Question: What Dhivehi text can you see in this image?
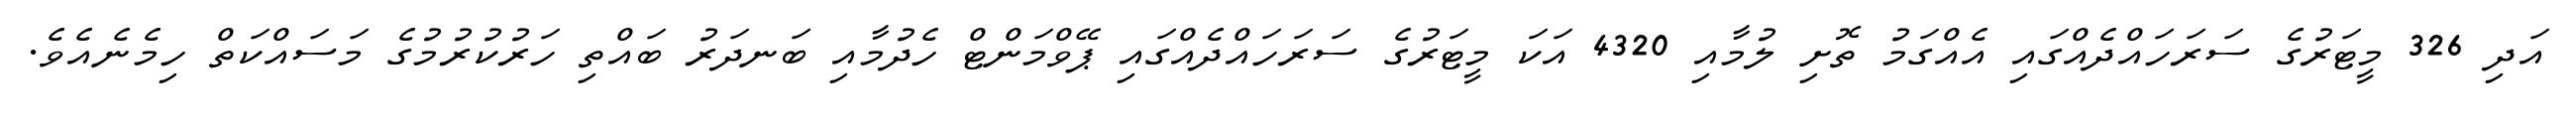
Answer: އަދި 326 މީޓަރުގެ ސަރަހައްދެއްގައި އެއްގަމު ތޮށި ލުމާއި 4320 އަކަ މީޓަރުގެ ސަރަހައްދެއްގައި ޕޭވްމަންޓް ހެދުމާއި ބަނދަރު ބައްތި ހަރުކުރުމުގެ މަސައްކަތް ހިމެނެއެވެ.